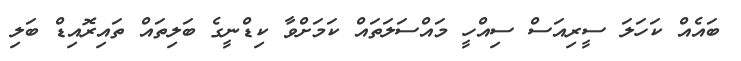
ބައެއް ކަހަލަ ސީރިއަސް ސިއްހީ މައްސަލަތައް ކަމަށްވާ ކިޑްނީގެ ބަލިތައް ތައިރޮއިޑް ބަލި